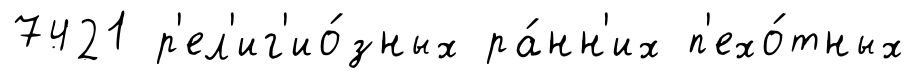
7421 р'ел'иг'ио́зных ра́нн'их п'ехо́тных